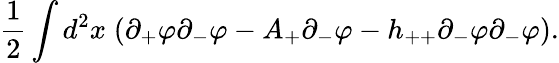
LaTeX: \frac{1}{2}\int d^{2}x\; (\partial_{+}\varphi\partial_{-}\varphi-A_{+}\partial_{-}\varphi-h_{++}\partial_{-}\varphi\partial_{-}\varphi).